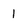
Character: 1